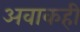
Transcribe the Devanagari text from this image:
अवाकही